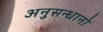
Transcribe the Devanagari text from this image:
अनुसन्धानो